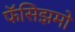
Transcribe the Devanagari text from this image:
फॅसिझमो